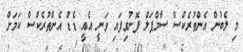
މި ލެބުން އެންތުރެކްސް ސާމްޕަލް ފޮނުވިފައި ވަނީ އެއީ ޑެޑް އެންތުރެކްސް ކަމަށް